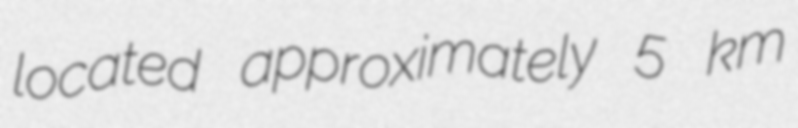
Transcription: located approximately 5 km